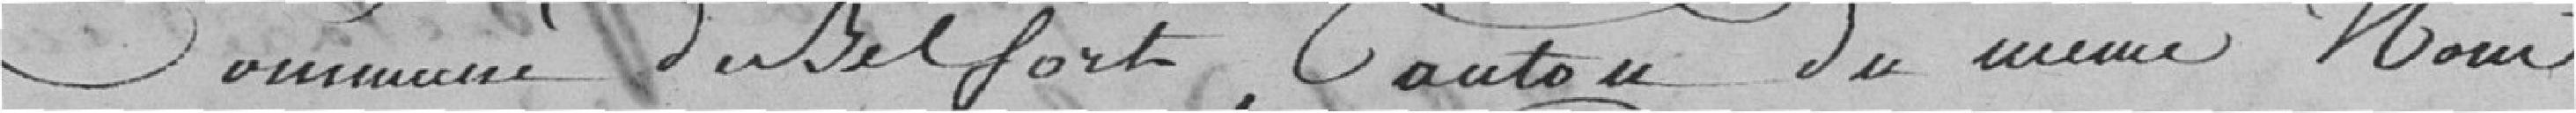
commune de Belfort, canton du même